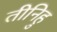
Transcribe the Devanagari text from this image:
तीनिहु